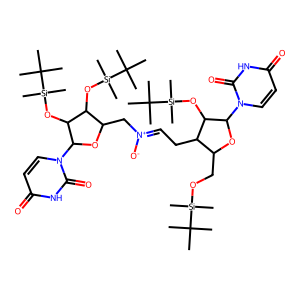
SMILES: CC(C)(C)[Si](C)(C)OCC1OC(n2ccc(=O)[nH]c2=O)C(O[Si](C)(C)C(C)(C)C)C1CC=[N+]([O-])CC1OC(n2ccc(=O)[nH]c2=O)C(O[Si](C)(C)C(C)(C)C)C1O[Si](C)(C)C(C)(C)C
Inhibits HIV replication: No